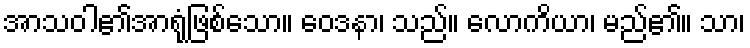
အာသဝါ၏အာရုံဖြစ်သော။ ဝေဒနာ၊ သည်။ လောကိယာ၊ မည်၏။ သာ၊